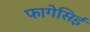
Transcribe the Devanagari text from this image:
फागेसिई